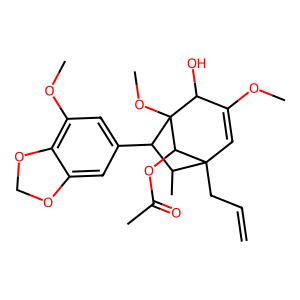
SMILES: C=CCC12C=C(OC)C(O)C(OC)(C(c3cc(OC)c4c(c3)OCO4)C1C)C2OC(C)=O
Inhibits HIV replication: No